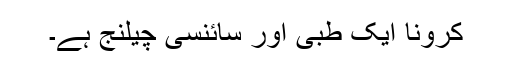
کرونا ایک طبی اور سائنسی چیلنج ہے۔